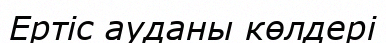
Ертіс ауданы көлдері